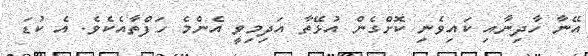
އޭނާ ހާދިނާއި ކައިވެނި ކޮށްގެން އުޅޭތާ އަދިމިވީ އެންމެ ހަފްތާއެކެވެ. އެ ކުޑަ